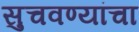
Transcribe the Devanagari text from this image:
सुचवण्यांचा